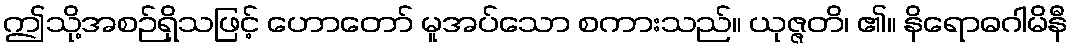
ဤသို့အစဉ်ရှိသဖြင့် ဟောတော် မူအပ်သော စကားသည်။ ယုဇ္ဇတိ၊ ၏။ နိရောဓဂါမိနီ